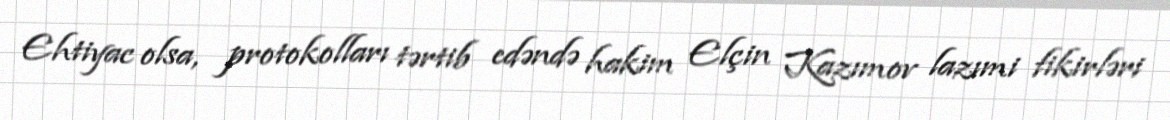
Ehtiyac olsa, protokolları tərtib edəndə hakim Elçin Kazımov lazımi fikirləri